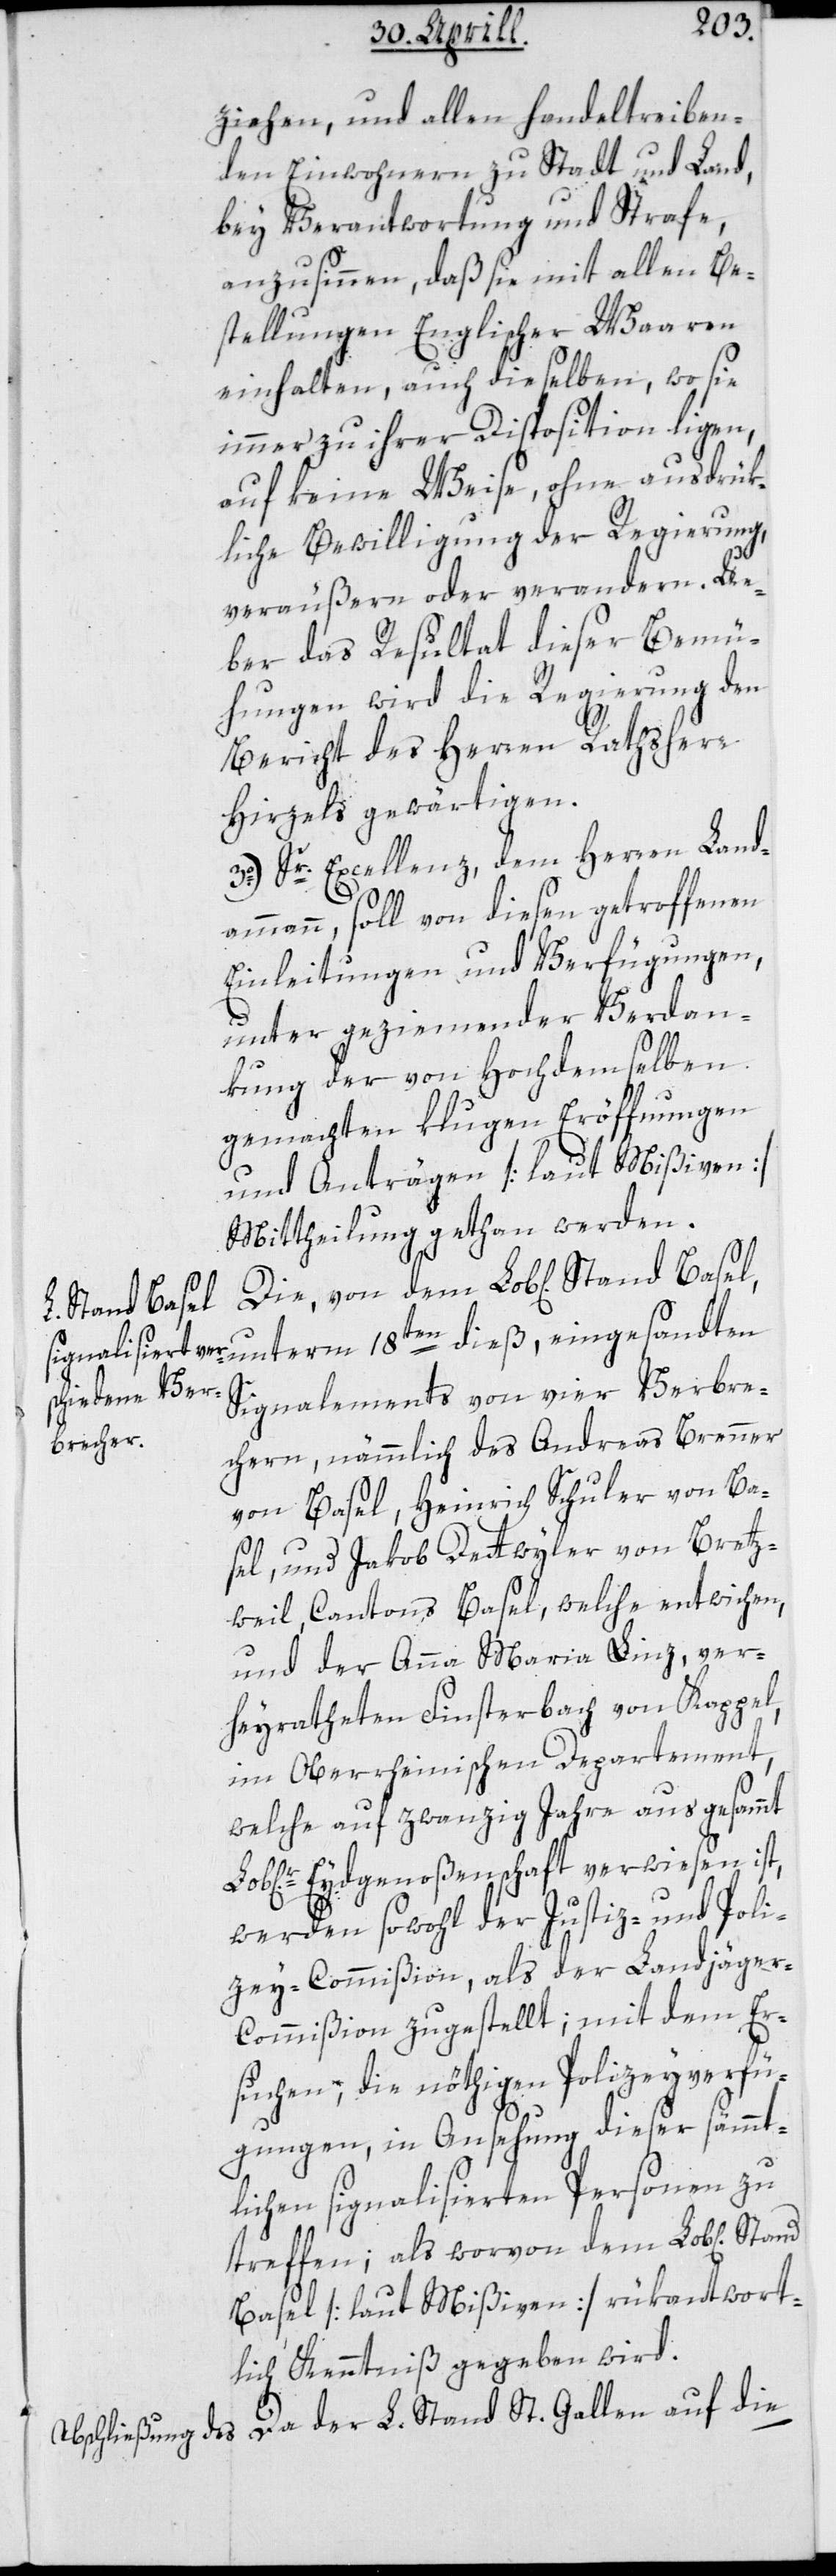
Stand Basel,

ziehen, und allen handeltreiben¬
den Einwohnern zu Stadt und Land,
bey Verantwortung und Strafe,
anzusinnen, daß sie mit allen Be¬
stellungen Englischer Waaren
einhalten, auch dieselben, wo sie
immer zu ihrer Disposition liegen,
auf keine Weise, ohne ausdrük¬
liche Bewilligung der Regierung,
veräußern oder verandern. Ue¬
ber das Resultat dieser Bemü¬
hungen wird die Regierung den
Bericht des Herren Rathsherr
Hirzels gewärtigen.
Sr. Excellenz dem Herren Land¬
ammann, soll von diesen getroffenen
Einleitungen und Verfügungen,
unter geziemender Verdan¬
kung der von Hochdemselben
gemachten klugen Eröffnungen
und Anträgen [laut Mißiven]
Mittheilung gethan werden.
unterm 18ten dieß, eingesandten
Signalements von vier Verbre¬
chern, nämmlich des Andreas Brenner
von Basel, Heinrich Schuler von Ba¬
sel, und Jakob Dettwyler von Bretz¬
weil, Cantons Basel, welche entwichen,
und der Anna Maria Linz, ver¬
heyratheten Finsterbach von Kappel,
im Oberrheinischen Departement,
welche auf zwanzig Jahre aus gesammt
Eydgenoßenschaft verwiesen ist,
werden sowohl der Justiz- und Poli¬
zey-Commißion, als der Landjäge¬
r-Commißion zugestellt; mit dem Er¬
suchen, die nöthigen Polizeyverfü¬
gungen, in Ansehung dieser sämmt¬
lichen signalisierten Personen zu
treffen; als worvon dem Lob[lichen]
Basel [laut Mißiven] rükantwort¬
lich Kenntniß gegeben wird.
Da der L. Stand St. Gallen auf die